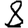
Digit: 8